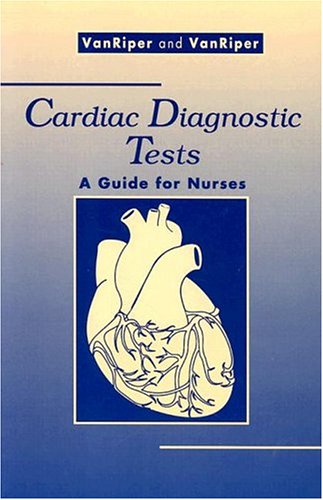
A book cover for Cardiac Diagnostic Tests: A Guide for Nurses; Sharon VanRiper MS  RN  CCRN; Medical Books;